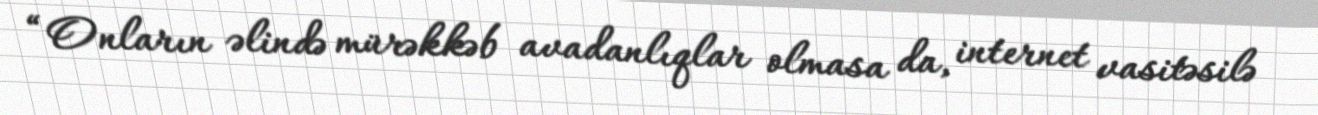
“Onların əlində mürəkkəb avadanlıqlar olmasa da, internet vasitəsilə